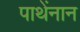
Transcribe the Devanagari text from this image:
पाथेंनान